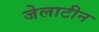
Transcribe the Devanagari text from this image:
जेलाटीन